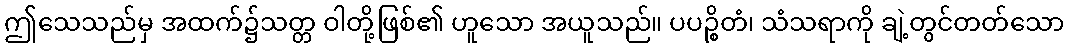
ဤသေသည်မှ အထက်၌သတ္တ ဝါတို့ဖြစ်၏ ဟူသော အယူသည်။ ပပဉ္စိတံ၊ သံသရာကို ချဲ့တွင်တတ်သော